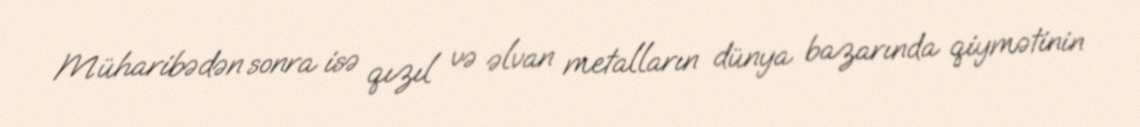
Müharibədən sonra isə qızıl və əlvan metalların dünya bazarında qiymətinin